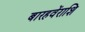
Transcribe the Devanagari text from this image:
बारहवेंराशि